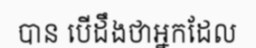
បាន បើដឹងថាអ្នកដែល